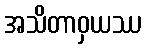
အသိတာဝှယဿ